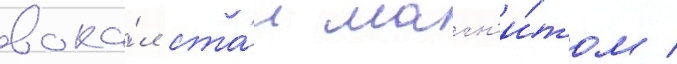
вока́л ста́л магн'и́том /